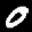
Label: 0